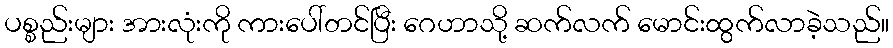
ပစ္စည်းများ အားလုံးကို ကားပေါ်တင်ပြီး ဂေဟာသို့ ဆက်လက် မောင်းထွက်လာခဲ့သည်။